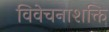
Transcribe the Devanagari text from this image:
विवेचनाशक्ति